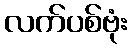
လက်ပစ်ဗုံး